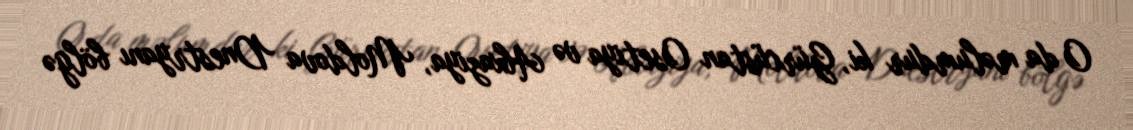
O da məlumdur ki, Gürcüstan Osetiya və Abxaziya, Moldova Dnestryanı bölgə